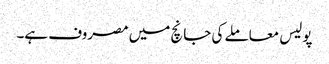
پولیس معاملے کی جانچ میں مصروف ہے۔